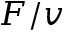
F / v